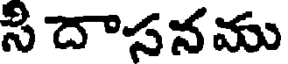
సి దాసనము